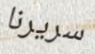
سريرنا